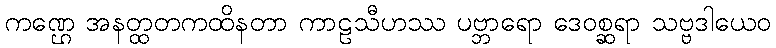
ကဏ္ဌေ အနတ္ထတကထိနတာ ကာဠသီဟဿ ပဗ္ဘာရော ဒေဝစ္ဆရာ သဗ္ဗဒါယေဝ